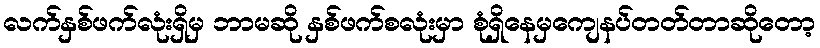
လက်နှစ်ဖက်လုံးရှိမှ ဘာမဆို နှစ်ဖက်စလုံးမှာ စုံရှိနေမှကျေနပ်တတ်တာဆိုတော့